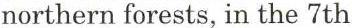
northern forests, in the 7th